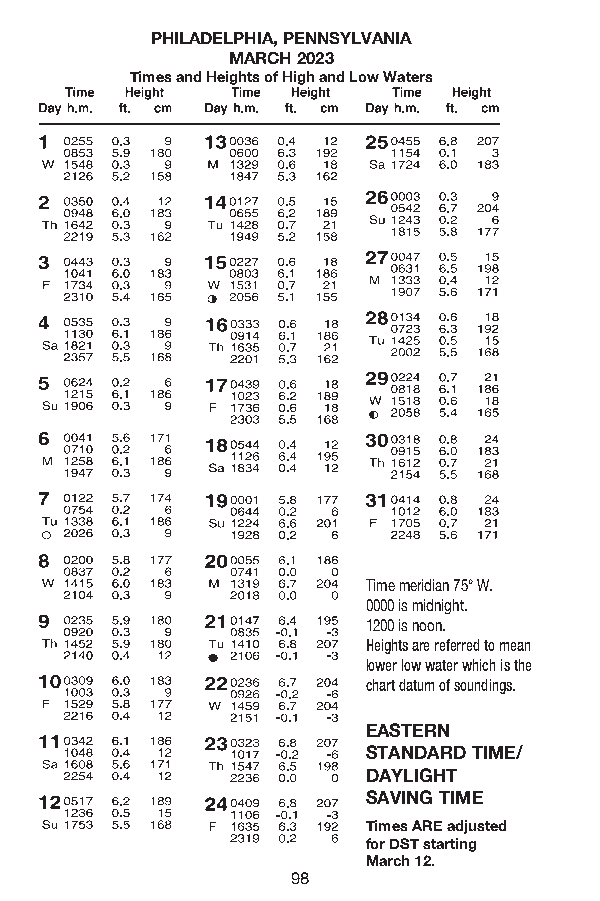
PHILADELPHIA, PENNSYLVANIA
 MARCH 2023
 Times and Heights of High and Low Waters
 Time meridian 75° W.
 0000 is midnight.
 1200 is noon.
 Heights are referred to mean
 lower low water which is the
 chart datum of soundings.
 EASTERN
 STANDARD TIME/
 DAYLIGHT
 SAVING TIME
 Times ARE adjusted
 for DST starting
 March 12.
 98